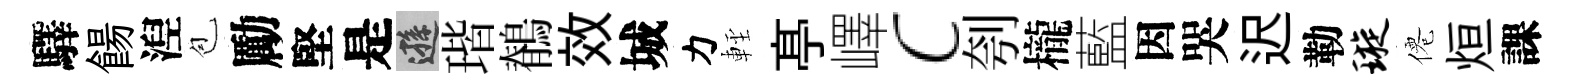
驛餳湼苞勵堅是遜瑎鶺效城力䡖𠅘嶧c刳櫳藍因哭迟勒璇僊烜課